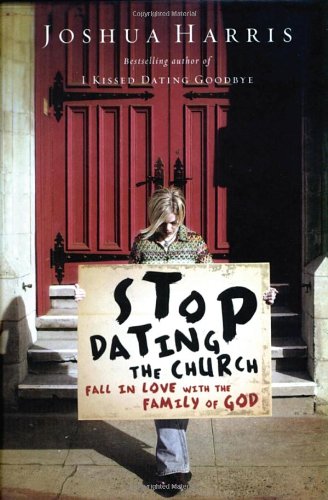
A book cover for Stop Dating the Church!: Fall in Love with the Family of God (Lifechange Books); Joshua Harris; Christian Books & Bibles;